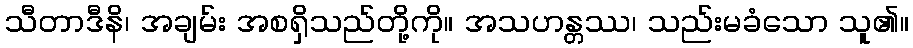
သီတာဒီနိ၊ အချမ်း အစရှိသည်တို့ကို။ အသဟန္တဿ၊ သည်းမခံသော သူ၏။